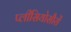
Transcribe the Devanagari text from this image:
प्लीसियोसौरों